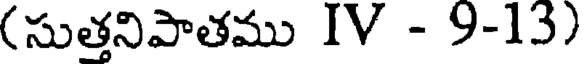
(సుత్తనిపాతము IV - 9-13)